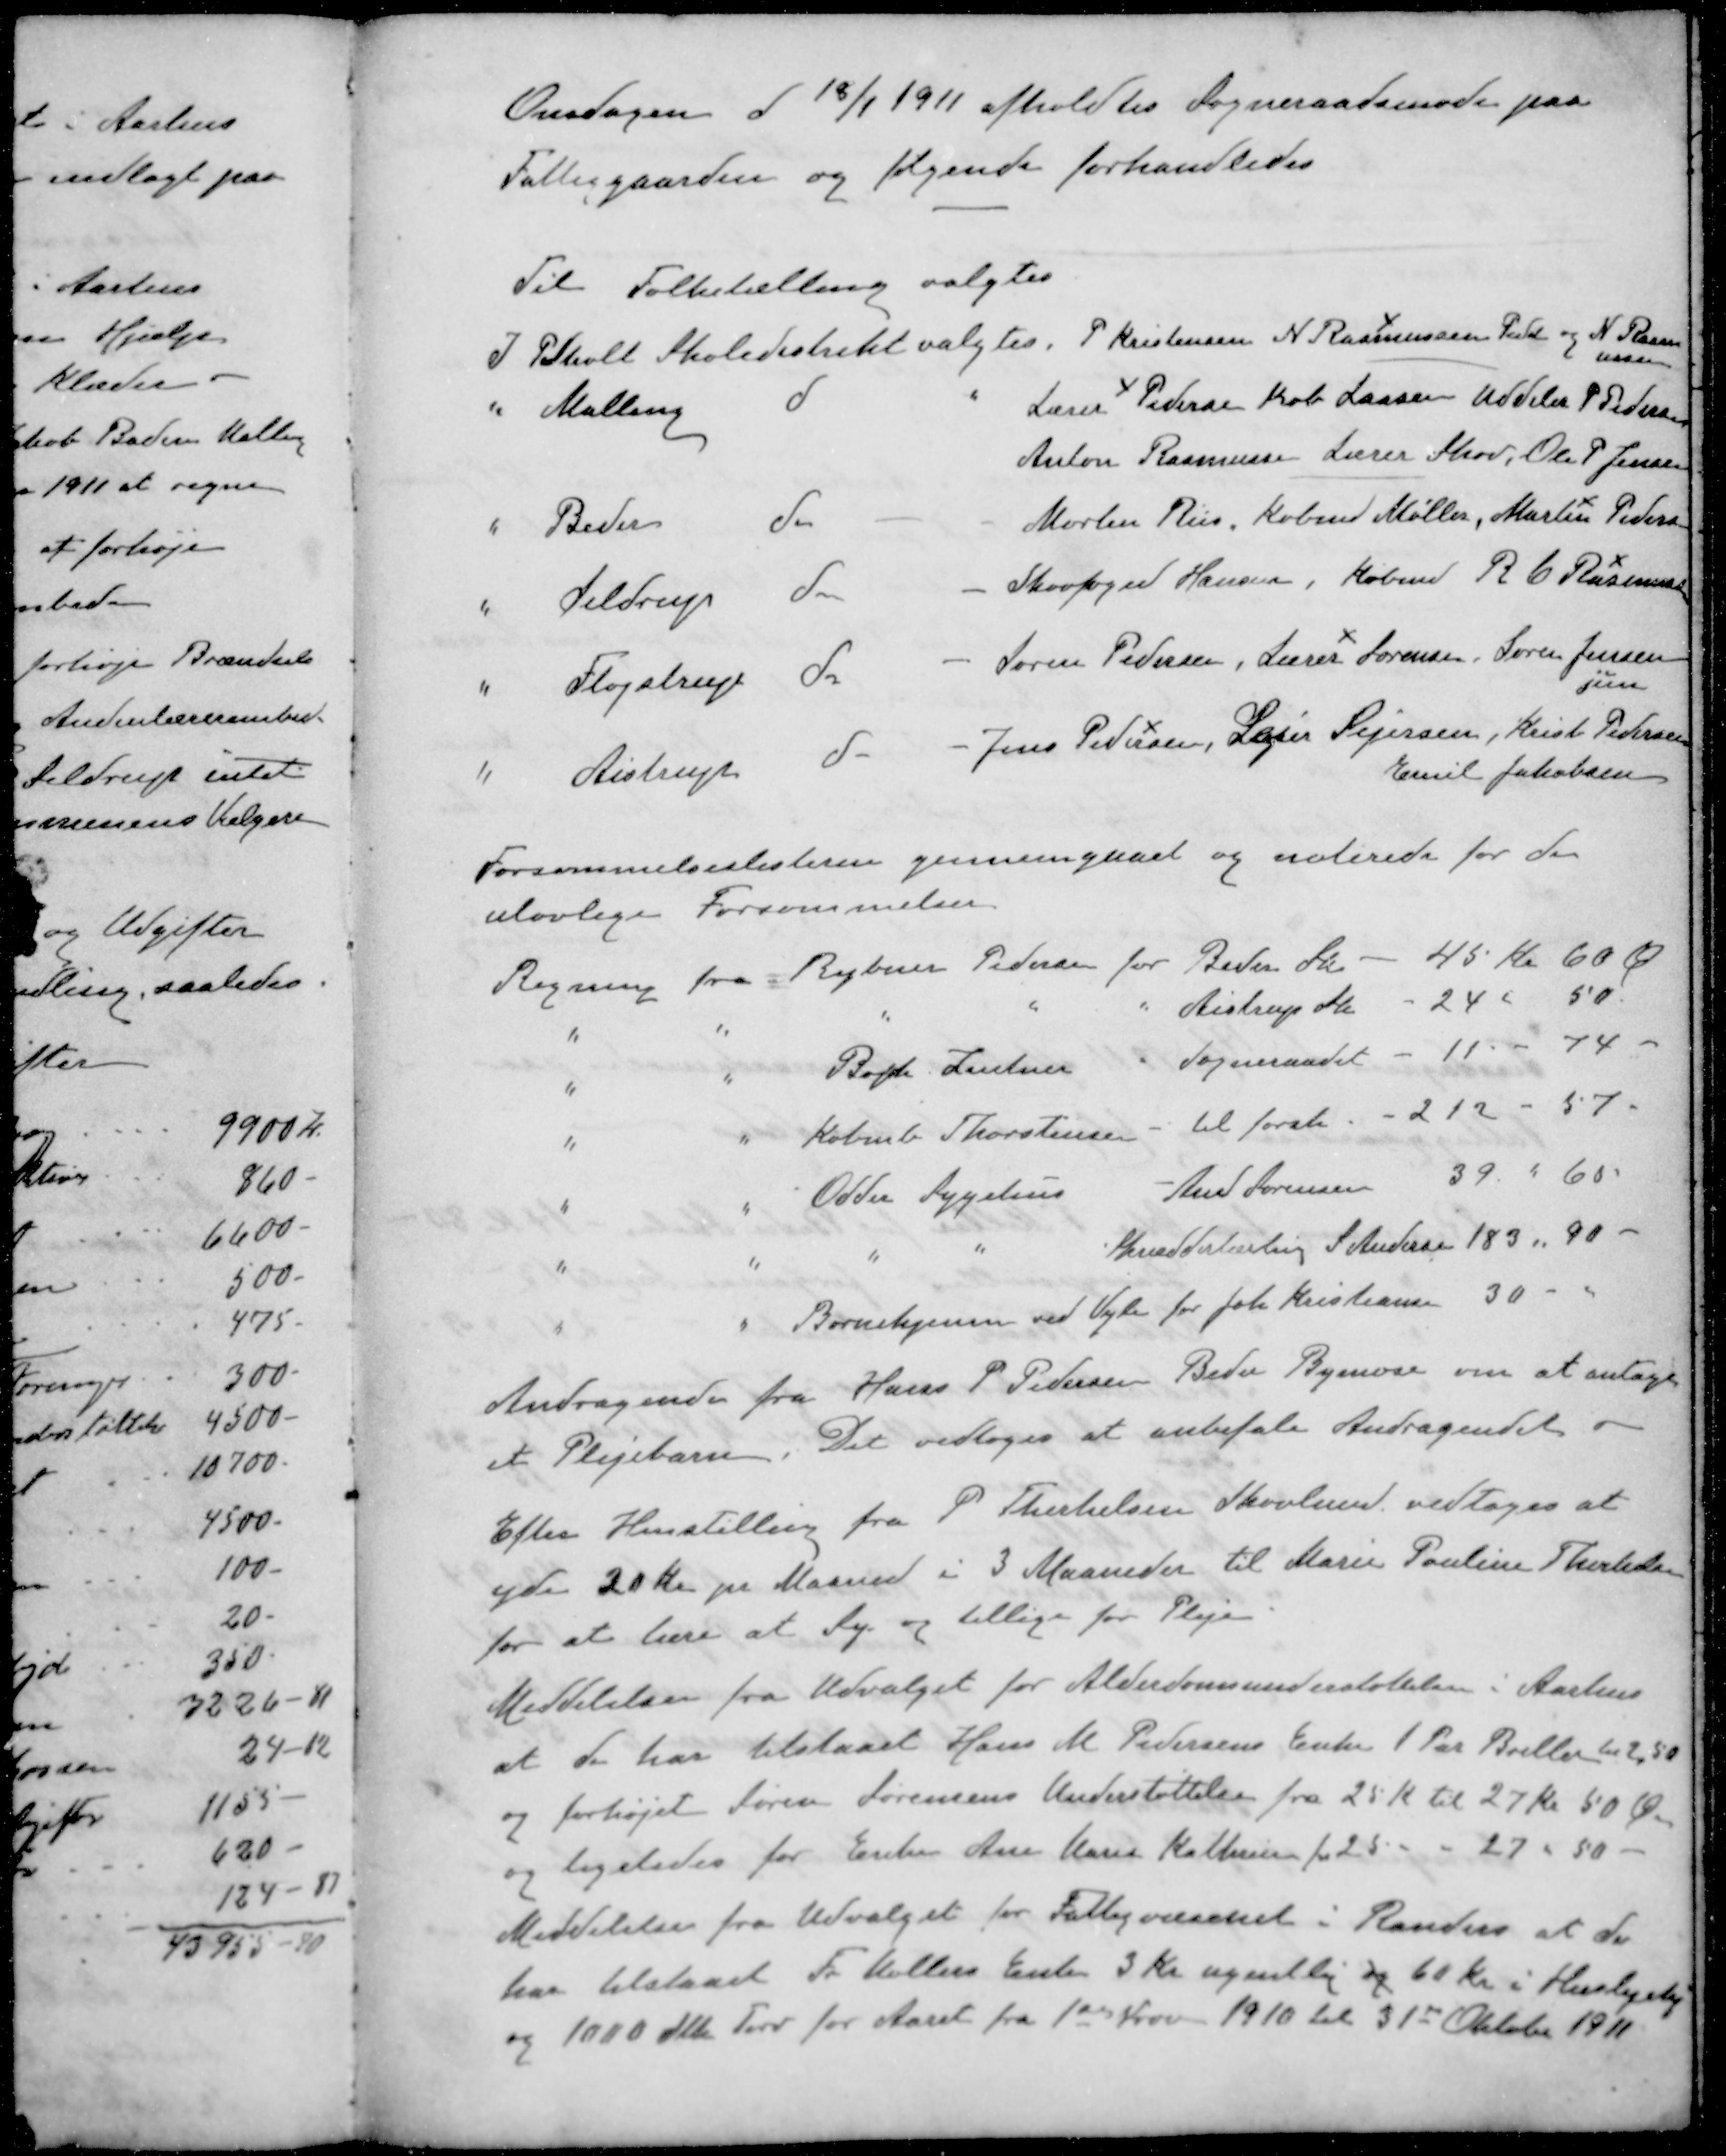
Transskription:
Onsdagen d 18/1 1911 afholdtes Sogneraadsmøde paa
Fattiggaarden og følgende forhandledes
Til Folketælling valgtes
I Pedholt Skoledistrikt valgtes P Kristensen N Rasmussen Pedh og N Rasm
ussen
" Malling d " Lærer Pedersen Køb Larsen Uddeler P Pedersen
Anton Rasmussen Lærer Skov, Ole P Jensen
" Beder do - Morten Riis, Købmd Møller, Martin Pedersen
" Seldrup do - Skovfoged Hansen, Købmd R C Rasmussen
" Fløjstrup do - Søren Pedersen, Lærer Sørensen, Søren Jensen
jun
" Aistrup do - Jens P. Nissen, Sejer Sejersen, Krist Pedersen
Emil Jakobsen
Forsømmelseslisterne gennemgaaet og noterede for de
ulovlige Forsømmelser.
Regning fra Rybner Pedersen for Beder Sk - 45 Kr 60 Ø
" " " " " Aistrup Sk - 24 " 50
" " Bogh. Zeutner " Sogneraadet - 11 " 74 
" " Købmd. Thorstensen til forsk. - 212 " 57.
" " Odder Sygehus Aud Sørensen 39 " 60
" " " " Skrædderlærling S Andersen 183 " 90
" " Børnehjem ved Vejle for Joh. Kristiansen 30 " 
Andragende fra Hans P Pedersen Beder Bymose om at antage
et Plejebarn. Det vedtoges at anbefale Andragendet.
Efter Henstilling fra P. Therkelsen Skovlund vedtoges at
yde 20 Kr pr Maaned i 3 Maaneder til Marie Pouline Therkelsen
for at lære at Sy og tillige for Pleje
Meddelelser fra Udvalget for Alderdomsunderstøttelsen i Aarhus
at de har tilstaaet Hans M. Pedersens Enke 1 Par Briller til 2,50
og forhøjet Søren Sørensens Understøttelse fra 25 K til 27 Kr 50 Øre
2 ligeledes for Enke Ane Marie Kallisen fra 25 - - 27 - 50 -
Meddelelse fra Udvalget for Fattigvæsenet i Randers at de
har tilstaaet Fr Møllers Enke 3 Kr ugentlig og 60 Kr i Huslejehj
og 1000 Stk Tørv for Aaret fra 1ste Nov 1910 til 31te Oktober 1911